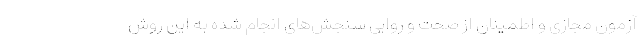
آزمون مجازی و اطمینان از صحت و روایی سنجش‌های انجام شده به این روش